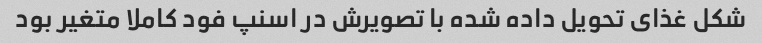
شکل غذای تحویل داده شده با تصویرش در اسنپ فود کاملا متغیر بود